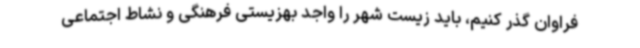
فراوان گذر کنیم، باید زیست شهر را واجد بهزیستی فرهنگی و نشاط اجتماعی